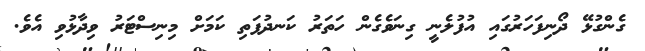
ގެންގުޅޭ ދޯނިފަހަރުގައި އުފުލެނީ ގިނަވެގެން ހަތަރު ކަނދުފަތި ކަމަށް މިނިސްޓަރު ވިދާޅުވި އެވެ.